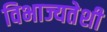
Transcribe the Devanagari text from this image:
विभाज्यतेशी